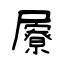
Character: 屪